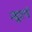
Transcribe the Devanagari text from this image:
न्यूटने